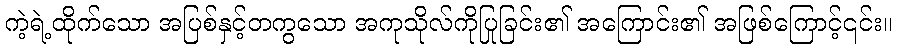
ကဲ့ရဲ့ထိုက်သော အပြစ်နှင့်တကွသော အကုသိုလ်ကိုပြုခြင်း၏ အကြောင်း၏ အဖြစ်ကြောင့်၎င်း။